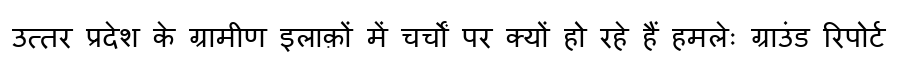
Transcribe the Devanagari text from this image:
उत्तर प्रदेश के ग्रामीण इलाक़ों में चर्चों पर क्यों हो रहे हैं हमलेः ग्राउंड रिपोर्ट